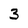
Character: 3